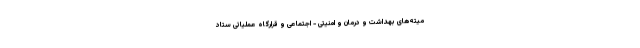
میته‌های بهداشت و درمان و امنیتی - اجتماعی و قرارگاه عملیاتی ستاد